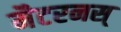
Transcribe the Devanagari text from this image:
मैटरनस्